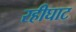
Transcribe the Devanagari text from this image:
रहीघाट